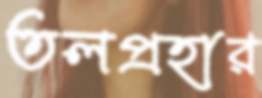
তলপ্রহার